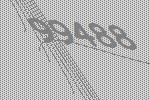
99488